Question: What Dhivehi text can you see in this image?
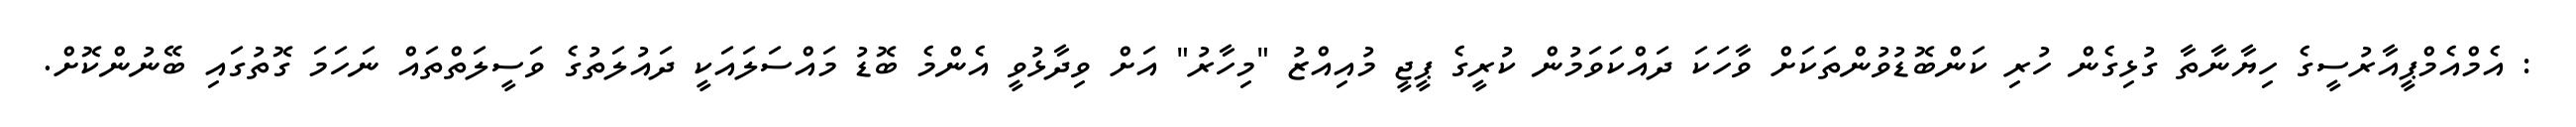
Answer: : އެމްއެމްޕީއާރުސީގެ ހިޔާނާތާ ގުޅިގެން ހުރި ކަންބޮޑުވުންތަކަށް ވާހަކަ ދައްކަވަމުން ކުރީގެ ޕީޖީ މުއިއްޒު "މިހާރު" އަށް ވިދާޅުވީ އެންމެ ބޮޑު މައްސަލައަކީ ދައުލަތުގެ ވަސީލަތްތައް ނަހަމަ ގޮތުގައި ބޭނުންކޮށް.